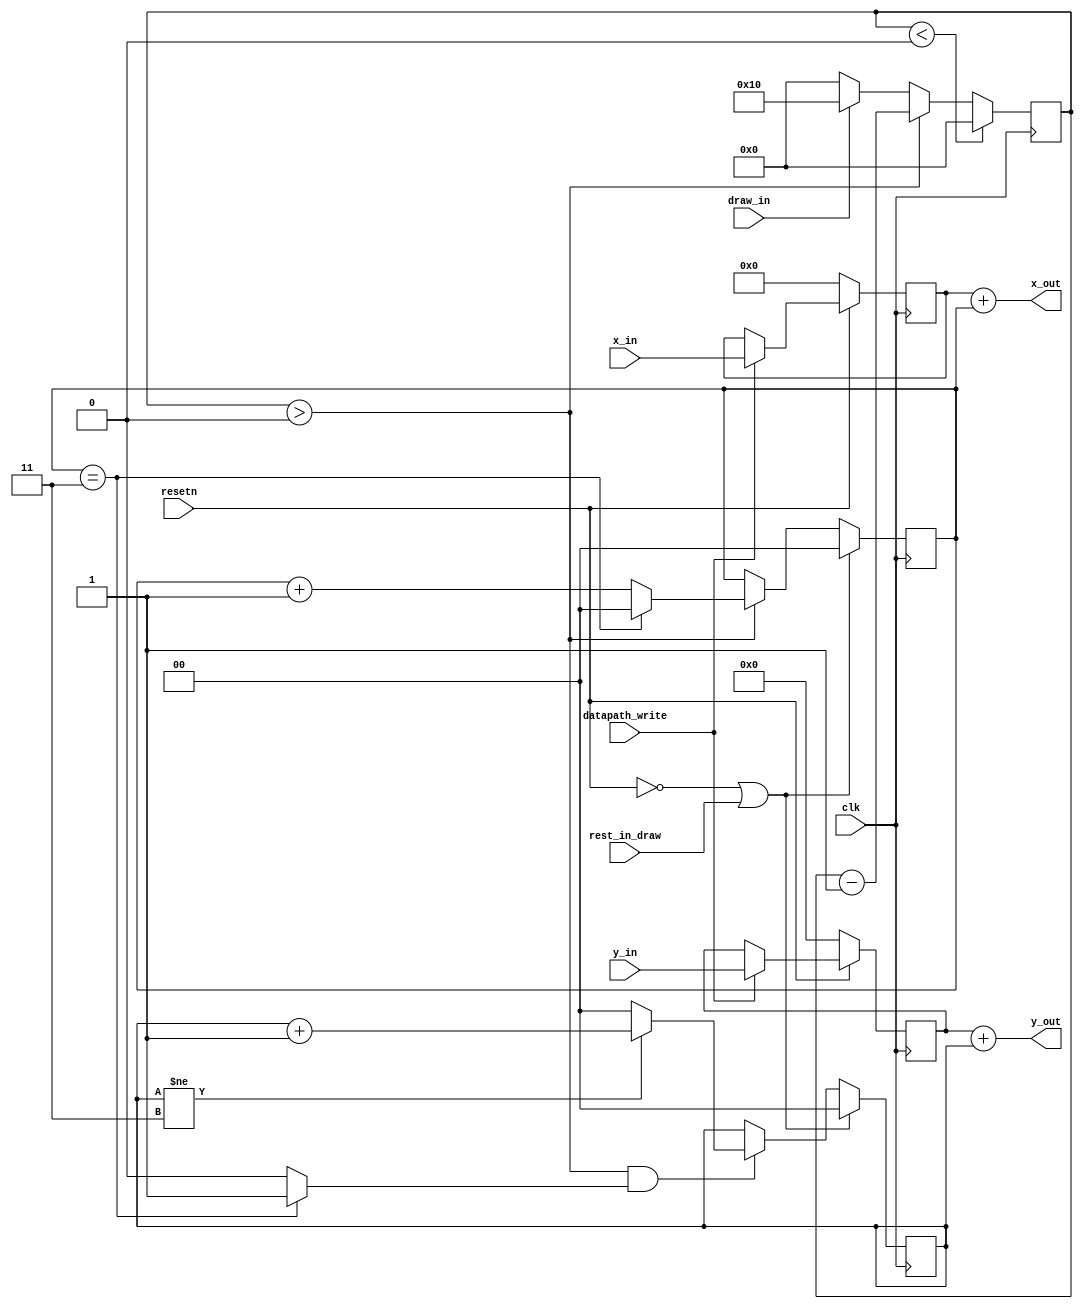
module datapath(
	output [7:0]x_out,
	output [6:0]y_out,
	input rest_in_draw,
	input clk,
	input [7:0]x_in,
	input [6:0]y_in,
	input datapath_write,
	input draw_in,
	input resetn);
	
	
	reg [4:0]stay_in_draw;
	reg [7:0]x; 
	reg [6:0]y;
	reg [1:0] x_counter, y_counter; // To draw 4x4 pegs
	wire movedown;
	always @(posedge clk)
		begin
			if(!resetn)begin
				x <= 8'd0;
				y <= 7'd0;
			end
			else if(datapath_write == 1'b1) begin
				x <= x_in;
				y <= y_in;
			end
		end
		
	//Stay in draw for 16 cycles
	always @(posedge clk) begin
		if(rest_in_draw)
			stay_in_draw <= 5'd0;
		if(draw_in == 1'b1)begin
			stay_in_draw <= 5'd16;
			end
		if(draw_in == 0)
			stay_in_draw <= 5'd0;
		if(stay_in_draw < 0)begin
			stay_in_draw <= 5'd0;
		end
		else if (stay_in_draw > 0) begin
			stay_in_draw <= stay_in_draw - 1'b1;
			end
	end
		
		// x counter
	always @(posedge clk) begin
		if (!resetn || rest_in_draw)
					x_counter <= 2'd0;
		else if (stay_in_draw > 5'd0) 
			begin
				if (x_counter == 2'd3)
						x_counter <= 2'd0;
				else
					x_counter <= x_counter + 1'd1;
			end
		
	end
	
	assign movedown = (x_counter == 4'd3) ? 1:0;
	
	// y counter
	always @(posedge clk) 
		begin
			if(!resetn || rest_in_draw)
					y_counter <= 2'd0;
			else if (stay_in_draw > 5'd0 && movedown) 
				begin
					if (y_counter != 2'd3)begin
						y_counter <= y_counter + 1'd1;
						end
					else
						y_counter <= 2'b00;	
				end
		end 
	
	assign x_out = x + {4'b0000, x_counter};
	assign y_out = y + {3'b000, y_counter};
//	assign color_out = color_in;
endmodule